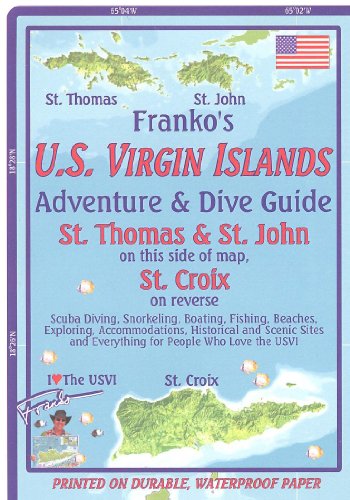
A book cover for US Virgin Islands 1:62,500 Guide and Dive Map with city plans, waterproof FRANKO 2012 edition; Franko; Travel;